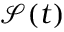
\mathcal { S } ( t )